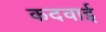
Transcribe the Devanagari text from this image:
कदवाई